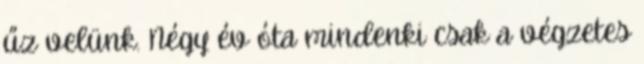
űz velünk. Négy év óta mindenki csak a végzetes